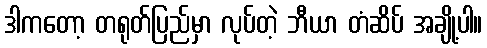
ဒါကတော့ တရုတ်ပြည်မှာ လုပ်တဲ့ ဘီယာ တံဆိပ် အချို့ပါ။